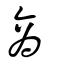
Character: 商